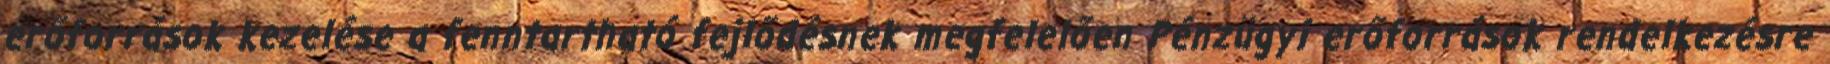
erőforrások kezelése a fenntartható fejlődésnek megfelelően Pénzügyi erőforrások rendelkezésre